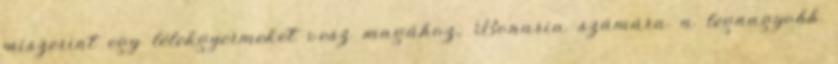
miszerint egy lélekgyermeket vesz magához, Bonaria számára a legnagyobb